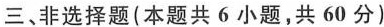
三、非选择题(本题共6小题，共60分)